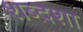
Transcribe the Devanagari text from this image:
शब्दशा